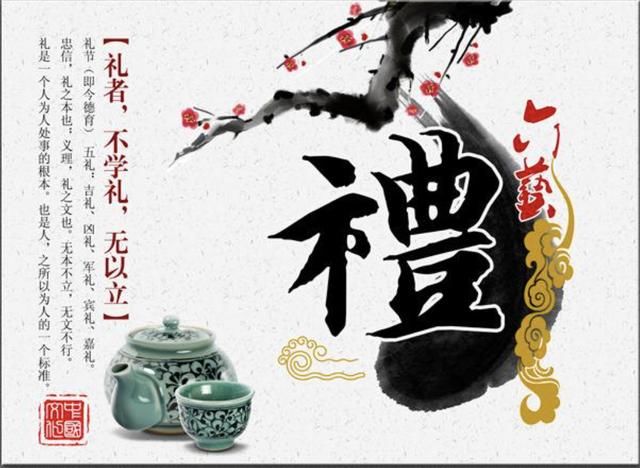
巧而好度，必节勇而好同，必胜知而好谦，必贤。